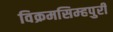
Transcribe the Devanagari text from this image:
विक्रमसिम्‍हपुरी